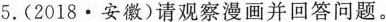
5.(2018·安徽)请观察漫画并回答问题。